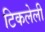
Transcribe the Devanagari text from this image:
टिकलेली